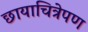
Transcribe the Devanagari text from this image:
छायाचित्रेपण